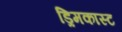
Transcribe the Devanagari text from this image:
ड्रिमकास्ट